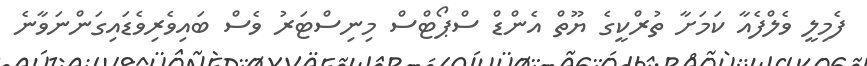
ފެމިލީ ވެލްފެއާ ކަމަށާ ތުރްކީގެ ޔޫތް އެންޑް ސްޕޯޓްސް މިނިސްޓަރު ވެސް ބައިވެރިވެޑައިގަންނަވާނެ